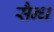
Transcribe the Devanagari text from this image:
सैन्ध